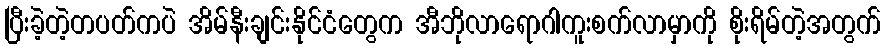
ပြီးခဲ့တဲ့တပတ်ကပဲ အိမ်နီးချင်းနိုင်ငံတွေက အီဘိုလာရောဂါကူးစက်လာမှာကို စိုးရိမ်တဲ့အတွက်